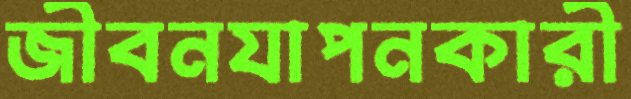
জীবনযাপনকারী